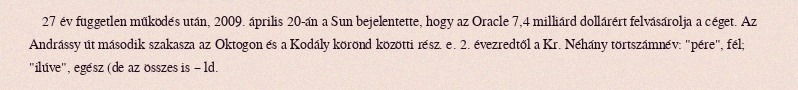
27 év független működés után, 2009. április 20-án a Sun bejelentette, hogy az Oracle 7,4 milliárd dollárért felvásárolja a céget. Az Andrássy út második szakasza az Oktogon és a Kodály körönd közötti rész. e. 2. évezredtől a Kr. Néhány törtszámnév: "pére", fél; "ilúve", egész (de az összes is – ld.